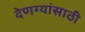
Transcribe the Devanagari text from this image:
देणग्यांसाठी